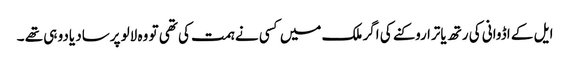
ایل کے اڈوانی کی رتھ یاترا روکنے کی اگر ملک میں کسی نے ہمت کی تھی تو وہ لالو پرساد یادو ہی تھے ۔